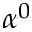
\alpha ^ { 0 }